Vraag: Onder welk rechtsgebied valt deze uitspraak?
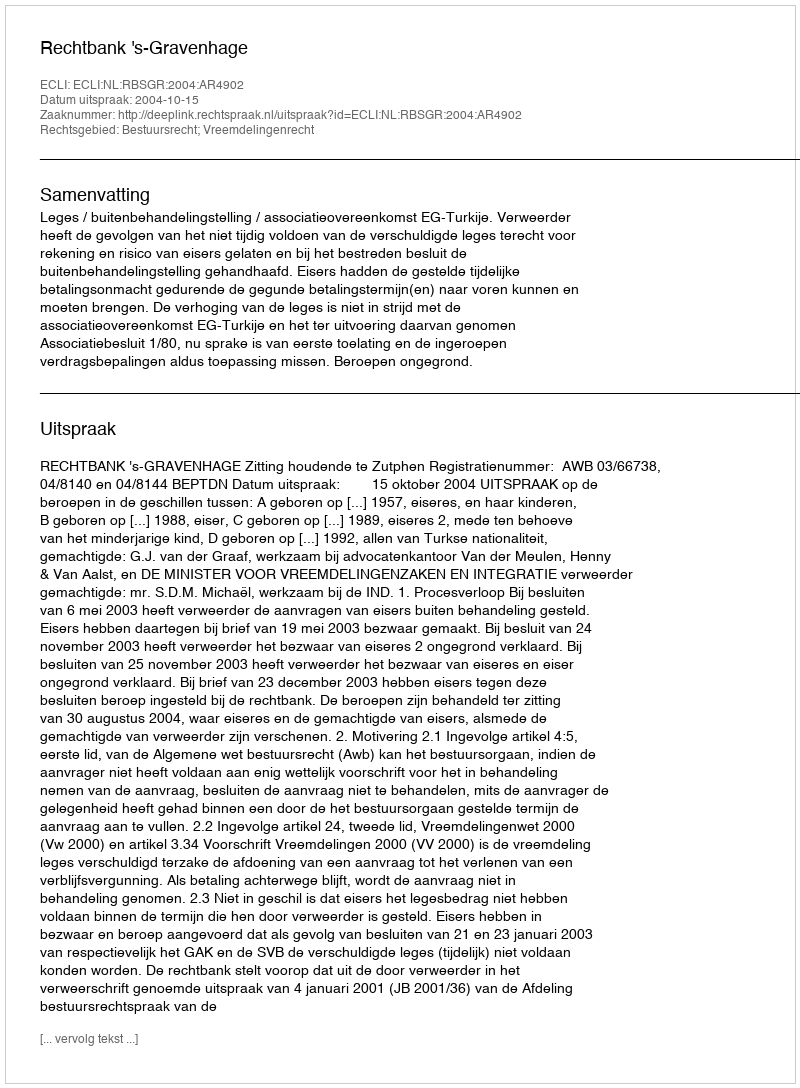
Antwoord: Bestuursrecht; Vreemdelingenrecht